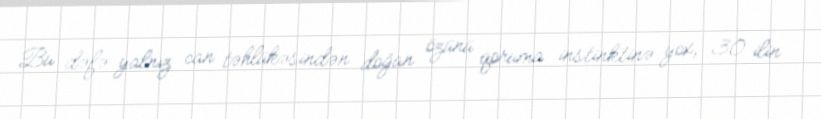
Bu dəfə yalnız can təhlükəsindən doğan özünü qoruma instinktinə yox, 30 ilin